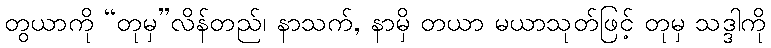
တွယာကို “တုမှ”လိန်တည်၊ နာသက်, နာမှိ တယာ မယာသုတ်ဖြင့် တုမှ သဒ္ဒါကို